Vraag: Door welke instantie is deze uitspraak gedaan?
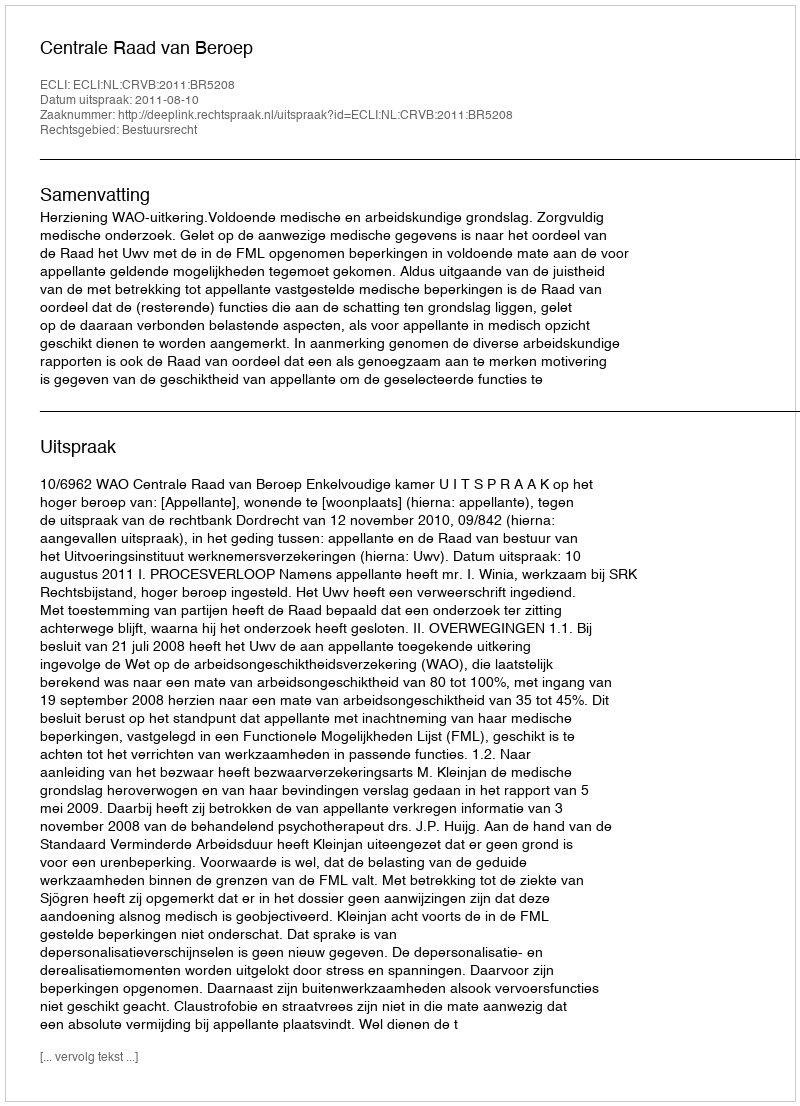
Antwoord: Centrale Raad van Beroep